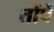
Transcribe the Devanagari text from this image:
तोंपें